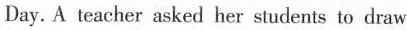
Day. A teacher asked her students to draw